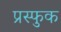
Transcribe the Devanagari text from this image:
प्रस्फुक